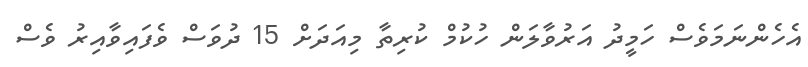
އެހެންނަމަވެސް ހަމީދު އަރުވާލަން ހުކުމް ކުރިތާ މިއަދަށް 15 ދުވަސް ވެފައިވާއިރު ވެސް